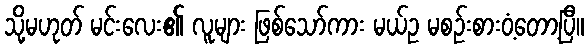
သို့မဟုတ် မင်းလေး၏ လူများ ဖြစ်သော်ကား မယ်ဥ မစဉ်းစားဝံ့တော့ပြီ။